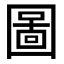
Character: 圖